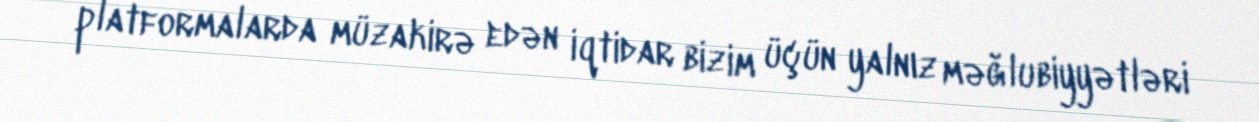
platformalarda müzakirə edən iqtidar bizim üçün yalnız məğlubiyyətləri